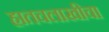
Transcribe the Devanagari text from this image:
हातचलाखीचा